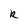
Character: R